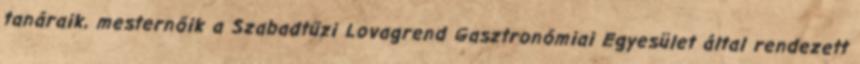
tanáraik, mesternőik a Szabadtűzi Lovagrend Gasztronómiai Egyesület által rendezett